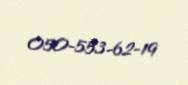
050-553-62-19